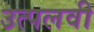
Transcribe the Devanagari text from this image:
उत्पलवी